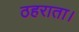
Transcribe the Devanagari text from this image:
ठहराता।